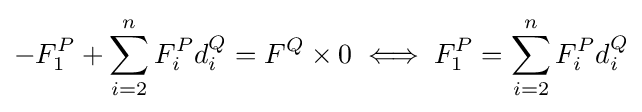
-F_{1}^{P}+\sum _{i=2}^{n}F_{i}^{P}d_{i}^{Q}=F^{Q}\times 0\iff F_{1}^{P}=\sum _{i=2}^{n}F_{i}^{P}d_{i}^{Q}